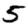
Digit: 5